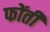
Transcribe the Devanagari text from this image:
फोंती